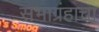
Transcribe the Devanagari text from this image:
सभाग्रंहाचा